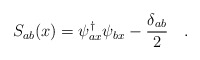
\begin{align*}S_{ab}(x)=\psi_{ax}^{\dagger}\psi_{bx}-\frac{\delta_{ab}}{2}\quad .\end{align*}